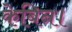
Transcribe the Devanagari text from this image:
केबिन।